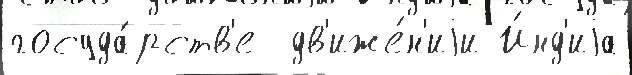
госуда́рств'е  дв'иже́н'иjи И́нд'иjа